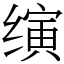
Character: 𬙂